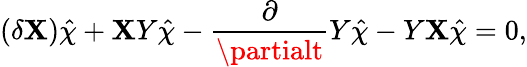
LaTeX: (\delta\mathbf{X})\hat{{\chi}}+\mathbf{X}Y\hat{{\chi}}-\frac{{\partial}}{{\partialt}}Y\hat{{\chi}}-Y\mathbf{X}\hat{{\chi}}=0,